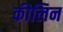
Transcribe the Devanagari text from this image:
कीलिन